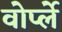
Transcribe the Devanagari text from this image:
वोर्प्ले